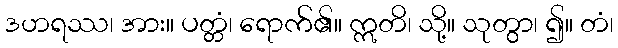
ဒဟရဿ၊ အား။ ပတ္တံ၊ ရောက်၏။ ဣတိ၊ သို့။ သုတွာ၊ ၍။ တံ၊